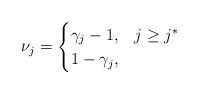
LaTeX: \begin{align*}\nu_j = \begin{cases} \gamma_j - 1, & j \geq j^*\\ 1 - \gamma_j, & \end{cases}\end{align*}